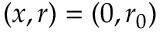
( x , r ) = ( 0 , r _ { 0 } )